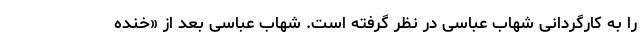
را به کارگردانی شهاب عباسی در نظر گرفته است. شهاب عباسی بعد از «خنده